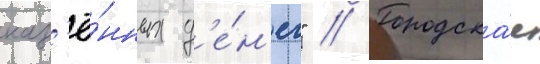
каз'ё́нных д'е́н'ег" // Городска́я